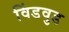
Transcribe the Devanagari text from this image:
विंडवुड